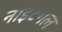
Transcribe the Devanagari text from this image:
नाइटेंगेल